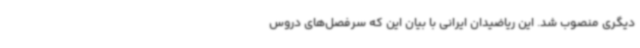
دیگری منصوب شد. این ریاضیدان ایرانی با بیان این که سرفصل‌های دروس